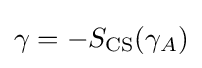
\gamma =-S_{\text{CS}}(\gamma _{A})